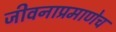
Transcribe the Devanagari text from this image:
जीवनाप्रमाणेच